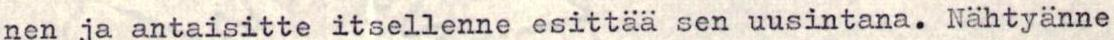
nen ja antaisitte itsellenne esittää sen uusintana. Nähtyänne